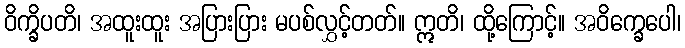
ဝိက္ခိပတိ၊ အထူးထူး အပြားပြား မပစ်လွှင့်တတ်။ ဣတိ၊ ထို့ကြောင့်။ အဝိက္ခေပေါ၊